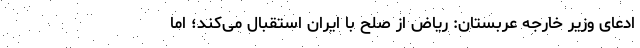
ادعای وزیر خارجه عربستان: ریاض از صلح با ایران استقبال می‌کند؛ اما